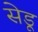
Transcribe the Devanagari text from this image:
सेडू